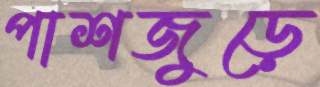
পাশজুড়ে